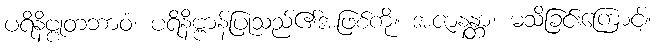
ပရိနိဗ္ဗုတဘာဝံ၊ ပရိနိဗ္ဗာန်ပြုသည်၏အဖြစ်ကို။ အဇာနန္တာ၊ မသိခြင်းကြောင့်။